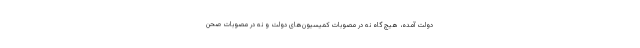
دولت آمده، هیچ گاه نه در مصوبات کمیسیون‌های دولت و نه در مصوبات صحن